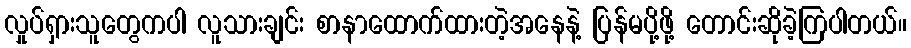
လှုပ်ရှားသူတွေကပါ လူသားချင်း စာနာထောက်ထားတဲ့အနေနဲ့ ပြန်မပို့ဖို့ တောင်းဆိုခဲ့ကြပါတယ်။